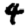
Digit: 4